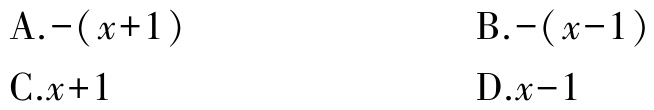
A.$-(x + 1)$
B.$-(x - 1)$
C.$x + 1$
D.$x - 1$